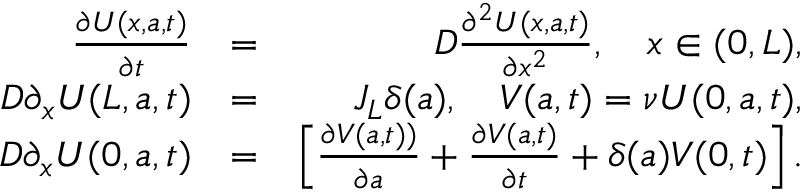
\begin{array} { r l r } { \frac { \partial U ( x , a , t ) } { \partial t } } & { = } & { D \frac { \partial ^ { 2 } U ( x , a , t ) } { \partial x ^ { 2 } } , \quad x \in ( 0 , L ) , } \\ { D \partial _ { x } U ( L , a , t ) } & { = } & { J _ { L } \delta ( a ) , \quad V ( a , t ) = \nu U ( 0 , a , t ) , } \\ { D \partial _ { x } U ( 0 , a , t ) } & { = } & { \left[ \frac { \partial V ( a , t ) ) } { \partial a } + \frac { \partial V ( a , t ) } { \partial t } + \delta ( a ) V ( 0 , t ) \right] . } \end{array}